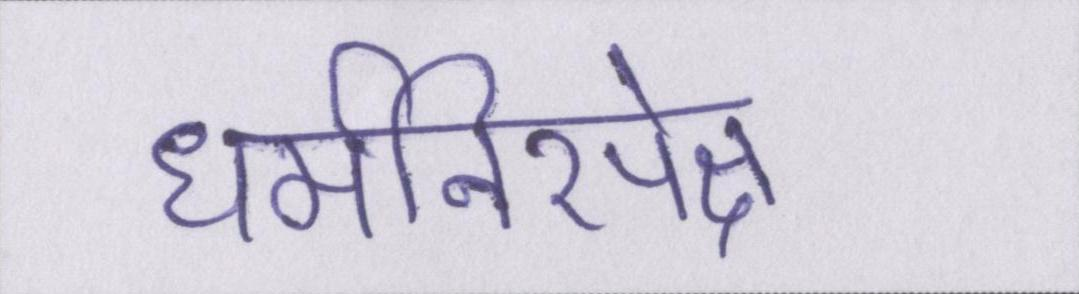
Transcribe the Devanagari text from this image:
धर्मनिरपेक्ष